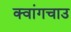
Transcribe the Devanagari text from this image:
क्वांगचाउ